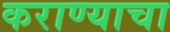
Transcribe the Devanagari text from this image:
कराण्याचा